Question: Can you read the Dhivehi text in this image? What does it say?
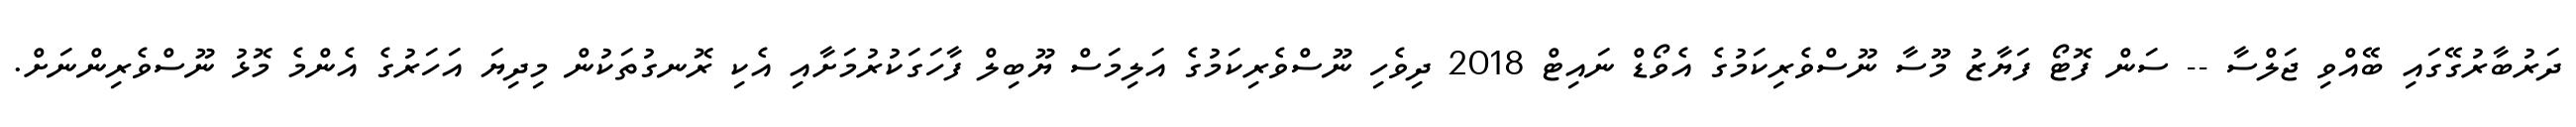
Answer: ދަރުބާރުގޭގައި ބޭއްވި ޖަލްސާ -- ސަން ފޮޓޯ ފަޔާޒު މޫސާ ނޫސްވެރިކަމުގެ އެވޯޑް ނައިޓް 2018 ދިވެހި ނޫސްވެރިކަމުގެ އަލިމަސް ޔޫބިލް ފާހަގަކުރުމަށާއި އެކި ރޮނގުތަކުން މިދިޔަ އަހަރުގެ އެންމެ މޮޅު ނޫސްވެރިންނަށް.